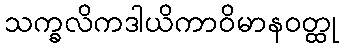
သက္ခလိကဒါယိကာဝိမာနဝတ္ထု